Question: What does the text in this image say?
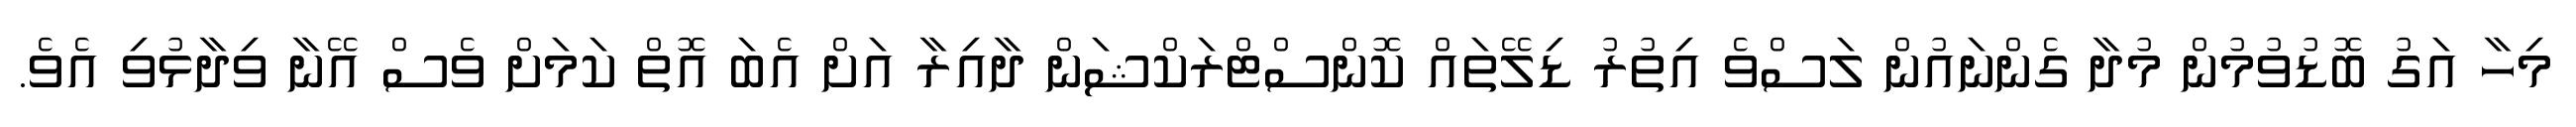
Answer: މިހާ އަގު ބޮޑުވުމުން މުދާ ގެންނައުން ލަސްވެ އިތުރު ޑިލޭތައް ކޮންސްޓްރަކްޝަން ދާއިރާ އަށް އެބަ އޮތް ކަމަށް ވެސް އޭނާ ވިދާޅުވި އެވެ.